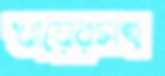
খায়েরসহ